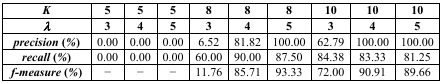
<table><thead><tr><td><b><i>K</i></b></td><td><b>5</b></td><td><b>5</b></td><td><b>5</b></td><td><b>8</b></td><td><b>8</b></td><td><b>8</b></td><td><b>10</b></td><td><b>10</b></td><td><b>10</b></td></tr><tr><td><b><i>λ</i></b></td><td><b>3</b></td><td><b>4</b></td><td><b>5</b></td><td><b>3</b></td><td><b>4</b></td><td><b>5</b></td><td><b>3</b></td><td><b>4</b></td><td><b>5</b></td></tr></thead><tbody><tr><td><b><i>precision</i> (%)</b></td><td>0.00</td><td>0.00</td><td>0.00</td><td>6.52</td><td>81.82</td><td>100.00</td><td>62.79</td><td>100.00</td><td>100.00</td></tr><tr><td><b><i>recall</i> (%)</b></td><td>0.00</td><td>0.00</td><td>0.00</td><td>60.00</td><td>90.00</td><td>87.50</td><td>84.38</td><td>83.33</td><td>81.25</td></tr><tr><td><b><i>f-measure</i> (%)</b></td><td>−</td><td>−</td><td>−</td><td>11.76</td><td>85.71</td><td>93.33</td><td>72.00</td><td>90.91</td><td>89.66</td></tr></tbody></table>